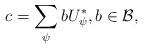
LaTeX: \begin{align*}c=\sum_{\psi} b U^{\ast}_{\psi}, b \in \mathcal{B},\end{align*}